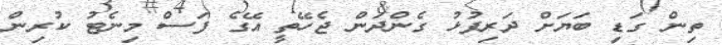
ތިން ގަޑި ބަޔަށް ދަރިފުޅު ގެންދަން ޖެހޭތީ އޭގެ ފަސް މިނެޓު ކުރިން